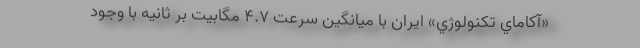
«آكاماي تكنولوژي» ايران با ميانگين سرعت ۴.۷ مگابيت بر ثانيه با وجود